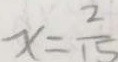
x = \frac { 2 } { 1 5 }